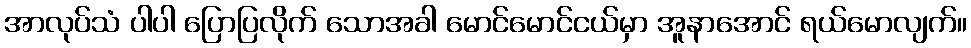
အာလုပ်သံ ပါပါ ပြောပြလိုက် သောအခါ မောင်မောင်ငယ်မှာ အူနာအောင် ရယ်မောလျက်။